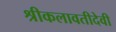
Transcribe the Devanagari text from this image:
श्रीकलावतीदेवी